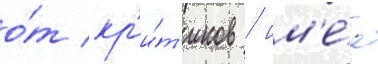
о́т кр'и́т'иков / им'е́я